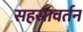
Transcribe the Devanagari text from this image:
सहस्रावर्तन